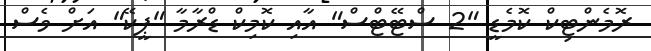
ރޮމެންޓިކް ކޮމެޑީ "2 ސްޓޭޓްސް" އާއި ކޮމިކް ޑްރާމާ "ޕީކޭ" އަށް ވެސް